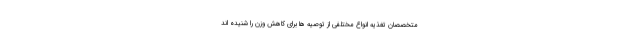
متخصصان تغذیه انواع مختلفی از توصیه ها برای کاهش وزن را شنیده اند